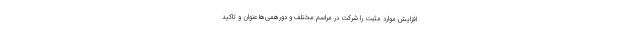
افزایش موارد مثبت را شرکت در مراسم مختلف و دورهمی‌ها عنوان و تاکید